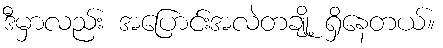
ဒီမှာလည်း အပြောင်းအလဲတချို့ ရှိနေတယ်။